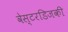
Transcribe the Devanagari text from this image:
वेस्टरडिजकी